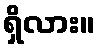
ရှိလား။